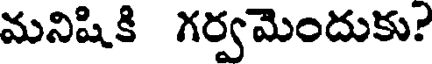
మనిషికి గర్వమెందుకు?